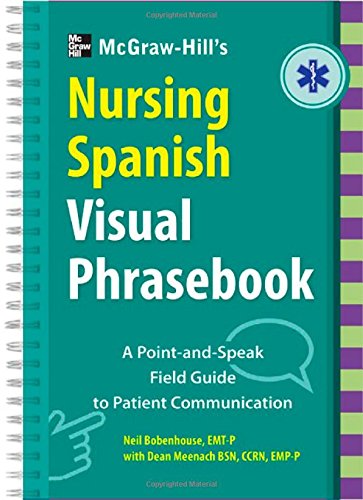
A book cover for McGraw-Hill Education's Nursing Spanish Visual Phrasebook; Neil Bobenhouse; Medical Books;